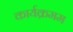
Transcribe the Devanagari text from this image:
कार्यक्रमम